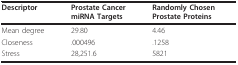
<table><thead><tr><td><b>Descriptor</b></td><td><b>Prostate Cancer miRNA Targets</b></td><td><b>Randomly Chosen Prostate Proteins</b></td></tr></thead><tbody><tr><td>Mean degree</td><td>29.80</td><td>4.46</td></tr><tr><td>Closeness</td><td>.000496</td><td>.1258</td></tr><tr><td>Stress</td><td>28,251.6</td><td>5821</td></tr></tbody></table>